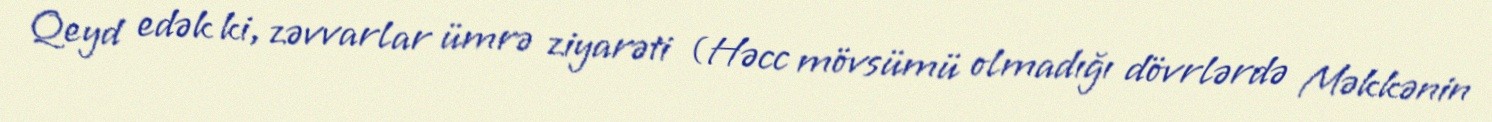
Qeyd edək ki, zəvvarlar ümrə ziyarəti (Həcc mövsümü olmadığı dövrlərdə Məkkənin